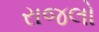
રાજલો